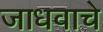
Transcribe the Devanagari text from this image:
जाधवाचे